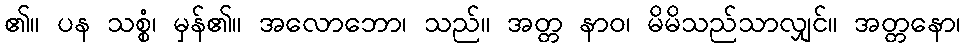
၏။ ပန သစ္စံ၊ မှန်၏။ အလောဘော၊ သည်။ အတ္တ နာဝ၊ မိမိသည်သာလျှင်။ အတ္တနော၊